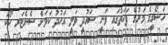
ހަޝޯގީގެ މަރުގެ ފަހަތުގައި ވަނީ ސައުދީ ވަލީ އަހުދު ކަމަށް ސެނެޓަރ ކޯކަ